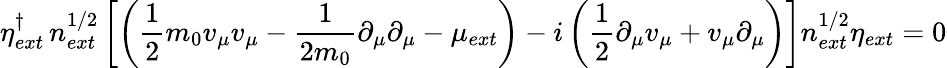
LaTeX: \eta_{ext}^{\dagger}\, n_{ext}^{1/2}\left[\left(\frac{1}{2}m_{0}v_{\mu}v_{\mu}-\frac{1}{2m_{0}}\partial_{\mu}\partial_{\mu}-\mu_{ext}\right)-i\left(\frac{1}{2}\partial_{\mu}v_{\mu}+v_{\mu}\partial_{\mu}\right)\right]n_{ext}^{1/2}\eta_{ext}=0